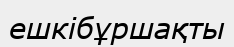
ешкібұршақты